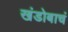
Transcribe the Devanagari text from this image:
खंडोबाचं